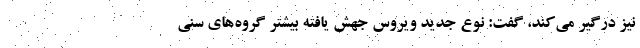
نیز درگیر می‌کند، گفت: نوع جدید ویروس جهش یافته بیشتر گروه‌های سنی